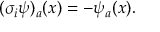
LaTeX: ( \sigma _ { i } \psi ) _ { a } ( x ) = - \psi _ { a } ( x ) .